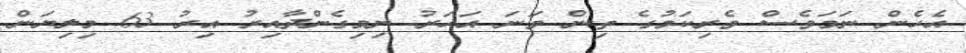
އެހެން ނަމަވެސް ވެރިކަމުގެ ތިން ވަނަ އަހަރު ނިމިގެންދާއިރު އިރު 63 މިލިޔަން